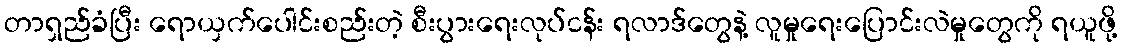
တာရှည်ခံပြီး ရောယှက်ပေါင်းစည်းတဲ့ စီးပွားရေးလုပ်ငန်း ရလာဒ်တွေနဲ့ လူမှုရေးပြောင်းလဲမှုတွေကို ရယူဖို့